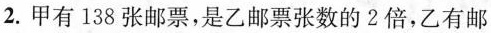
2.甲有138张邮票，是乙邮票张数的2倍，乙有邮